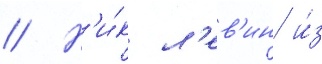
// Н'и́к л'ев'ин и́з